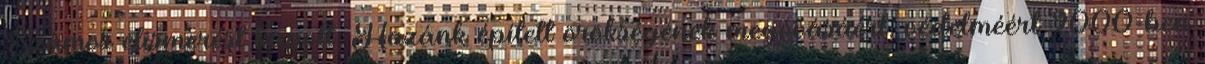
Számos elismerést kapott. Hazánk épített örökségének megóvásáért, védelméért 2000-ben